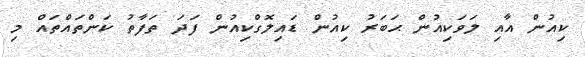
ކިއުން އާއި ލަވަކިއުން ޙަބަރު ކިއުން ޑައިލޮގްކިއުން ފަދަ ތަފާތު ކަންތައްތައް މި